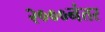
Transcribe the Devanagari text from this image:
२०००नंतर